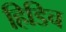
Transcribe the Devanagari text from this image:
हिडिच